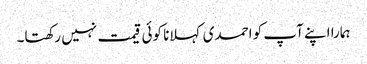
ہمارا اپنے آپ کو احمدی کہلانا کوئی قیمت نہیں رکھتا۔